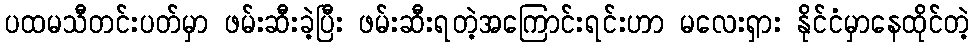
ပထမသီတင်းပတ်မှာ ဖမ်းဆီးခဲ့ပြီး ဖမ်းဆီးရတဲ့အကြောင်းရင်းဟာ မလေးရှား နိုင်ငံမှာနေထိုင်တဲ့